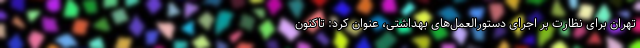
تهران برای نظارت بر اجرای دستورالعمل‌های بهداشتی، عنوان کرد: تاکنون